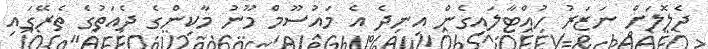
ދެލޮލަށް ނަޒަރު ހުއްޓާލައިގެން އިނދެ އެ މައުސޫމް މޫނު މާކިންގެ ދެއަތުގެ ތެރޭގައި